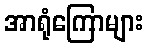
အာရုံကြောများ